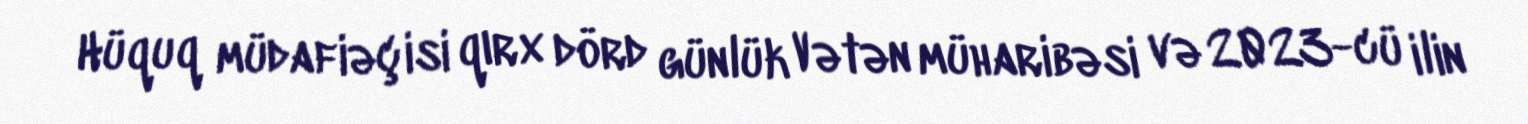
Hüquq müdafiəçisi qırx dörd günlük Vətən müharibəsi və 2023-cü ilin